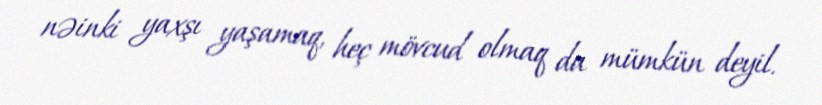
nəinki yaxşı yaşamaq, heç mövcud olmaq da mümkün deyil.